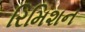
રિમિશન